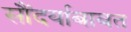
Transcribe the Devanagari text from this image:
सौंदर्याबाबत